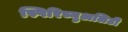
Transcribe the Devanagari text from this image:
स्पिरिच्युअलिटी